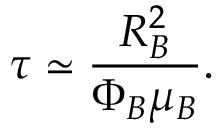
\tau \simeq \frac { R _ { B } ^ { 2 } } { \Phi _ { B } \mu _ { B } } .